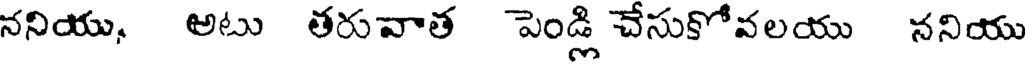
ననియు, అటు తరువాత పెండ్లి చేసుకోవలయు ననియు